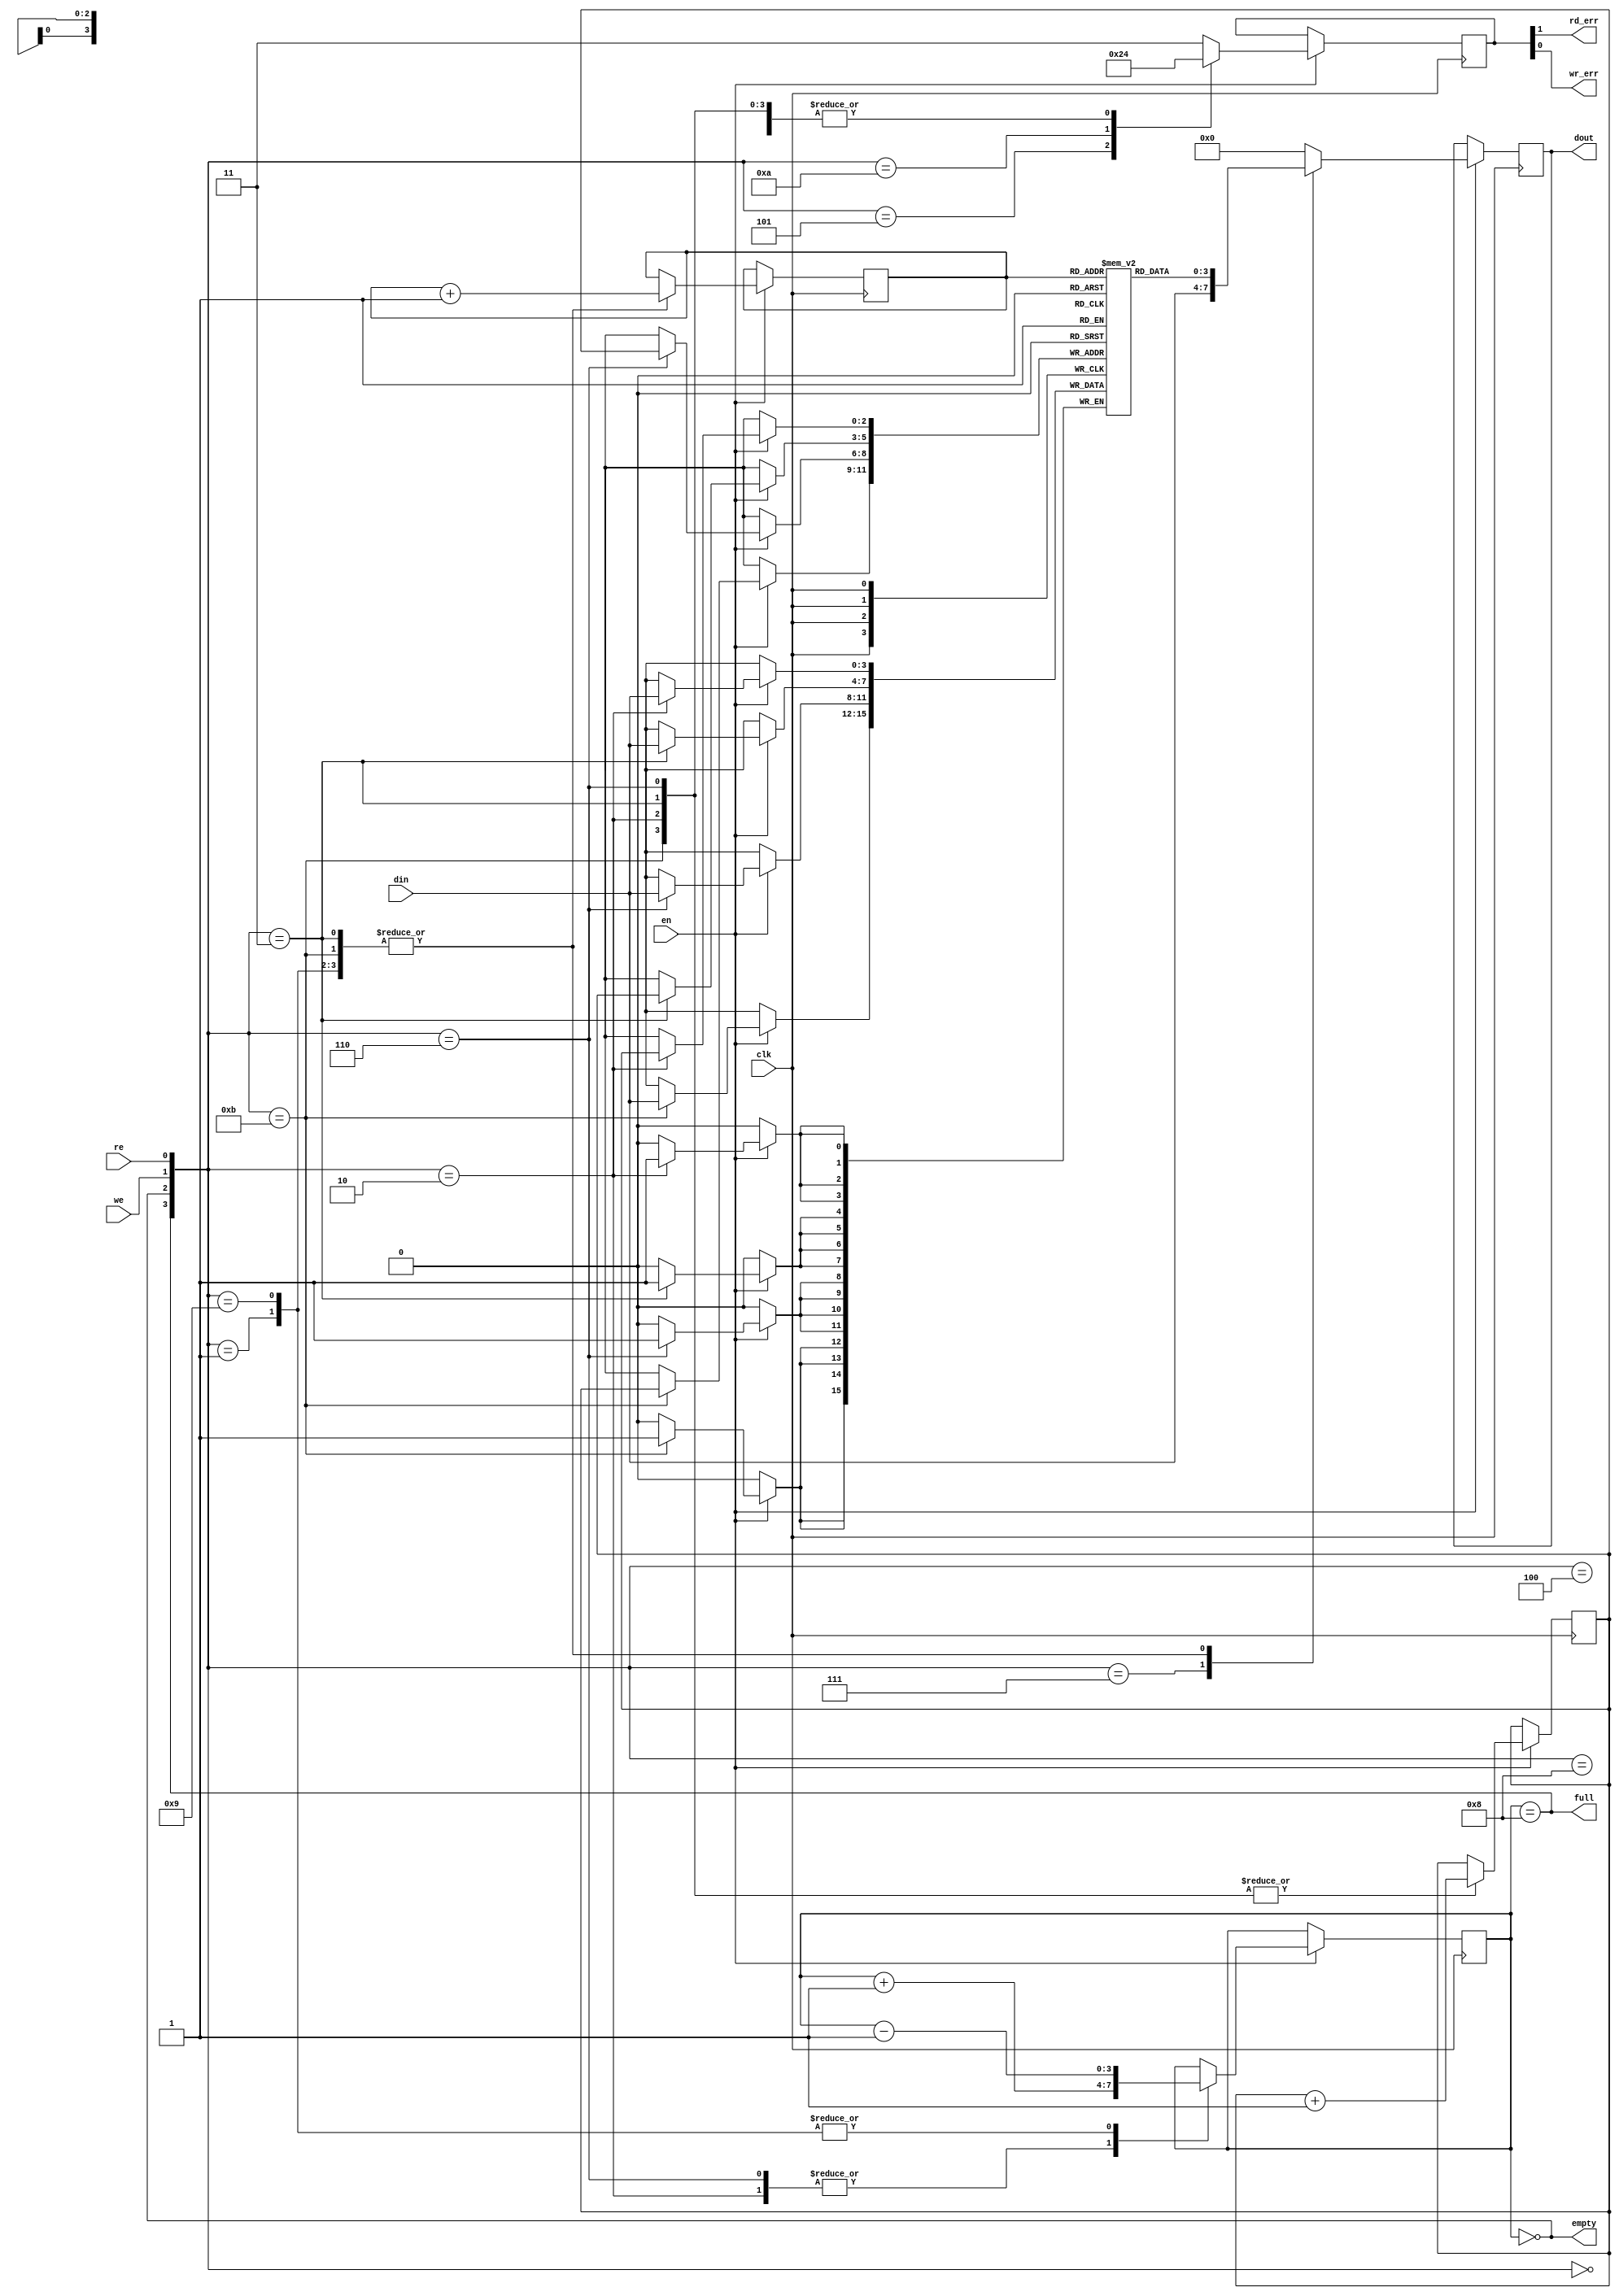
module sync_FIFO #(parameter DATA_WIDTH = 4, FIFO_DEPTH = 8)(
	input clk,we,re,en,//rst,
	input [DATA_WIDTH-1:0]din,
	output empty,full,rd_err,wr_err,
	output reg [DATA_WIDTH-1:0]dout
	);

reg [DATA_WIDTH-1:0]fifo[0:FIFO_DEPTH-1];
reg [3:0]data_count;
reg [2:0]rd_ptr,wr_ptr;
reg [1:0]flag,err;	//flag[1] = full, flag[0] = empty
							//err[1] = rd_err, err[0] = wr_err

assign {full,empty} = flag;
assign {rd_err,wr_err} = err;
							
always @(posedge clk) begin
	/*
	if(rst) begin
		rd_ptr <= 1'b0;
		wr_ptr <= 1'b0;
		data_count <= 4'd0;
		dout <= 8'd0;
		err <= 2'b00;
	end*/
	//else begin
	if(en) begin
	   case({flag,we,re})
	       4'b0000:    begin
	                   dout <= 8'd0;
                       err <= 2'b00;
                       rd_ptr <= rd_ptr;
                       wr_ptr <= wr_ptr;
                       data_count <= data_count;
	                   end
	       4'b0001:    begin
                       dout <= fifo[rd_ptr];
                       rd_ptr <= rd_ptr + 1'b1;
                       wr_ptr <= wr_ptr;
                       err <= 2'b00;
                       data_count <= data_count - 1'b1;
	                   end
	       4'b0010:    begin
	                   dout <= 8'd0;
					   fifo[wr_ptr] <= din;
                       wr_ptr <= wr_ptr + 1'b1;
                       rd_ptr <= rd_ptr;
                       err <= 2'b00;
                       data_count <= data_count + 1'b1;	       
                       end
	       4'b0011:    begin
                       fifo[wr_ptr] <= din;
                       dout <= fifo[rd_ptr];
                       wr_ptr <= wr_ptr + 1'b1;
                       rd_ptr <= rd_ptr + 1'b1;
                       err <= 2'b00;
                       data_count <= data_count;
                       end
	       4'b0100:    begin
	       			   dout <= 8'd0;
                       err <= 2'b00;
                       rd_ptr <= rd_ptr;
                       wr_ptr <= wr_ptr;
                       data_count <= data_count;
                       end
           4'b0101:    begin
					   dout <= 8'd0;
                       rd_ptr <= rd_ptr;
                       wr_ptr <= wr_ptr;
                       err <= 2'b10;        //read error
                       data_count <= data_count;           
                       end
           4'b0110:    begin
                       dout <= 8'd0;
					   fifo[wr_ptr] <= din;
                       wr_ptr <= wr_ptr + 1'b1;
                       rd_ptr <= rd_ptr;
                       err <= 2'b00;
                       data_count <= data_count + 1'b1;           
                       end
           4'b0111:    begin
					   dout <= din;		//directly output data in
                       wr_ptr <= wr_ptr;
                       rd_ptr <= rd_ptr;
                       err <= 2'b00;
                       data_count <= data_count;           
                       end
	       4'b1000:    begin
					   dout <= 8'd0;
                       err <= 2'b00;
                       rd_ptr <= rd_ptr;
                       wr_ptr <= wr_ptr;
                       data_count <= data_count;	       
                       end
           4'b1001:    begin
					   dout <= fifo[rd_ptr];
                       rd_ptr <= rd_ptr + 1'b1;
                       wr_ptr <= wr_ptr;
                       err <= 2'b00;
                       data_count <= data_count - 1'b1;           
                       end
           4'b1010:    begin
					   dout <= 8'd0;
                       wr_ptr <= wr_ptr;
                       rd_ptr <= rd_ptr;
                       err <= 2'b01;        //write error
                       data_count <= data_count;           
                       end
           4'b1011:    begin
					   fifo[wr_ptr] <= din;
                       dout <= fifo[rd_ptr];
                       wr_ptr <= wr_ptr + 1'b1;
                       rd_ptr <= rd_ptr + 1'b1;
                       err <= 2'b00;
                       data_count <= data_count;           
                       end
           default:    begin
			           dout <= 8'd0;
                       rd_ptr <= rd_ptr;
                       wr_ptr <= wr_ptr;
                       data_count <= data_count;
                       err <= 2'b11;           
                       end  
       endcase
    end                                                                              
	
	/*	if(flag == 2'b00) begin		//partially filled fifo
			case({we,re})
				2'b00 : 	begin			//no-op
							dout <= 8'd0;
							err <= 2'b00;
							rd_ptr <= rd_ptr;
							wr_ptr <= wr_ptr;
							data_count <= data_count;
							end
				2'b01 :	begin			//read only
							dout <= fifo[rd_ptr];
							rd_ptr <= rd_ptr + 1'b1;
							wr_ptr <= wr_ptr;
							err <= 2'b00;
							data_count <= data_count - 1'b1;
							end
				2'b10 :	begin			//write only
							fifo[wr_ptr] <= din;
							wr_ptr <= wr_ptr + 1'b1;
							rd_ptr <= rd_ptr;
							err <= 2'b00;
							data_count <= data_count + 1'b1;
							end
				2'b11 :	begin			//read and write
							fifo[wr_ptr] <= din;
							dout <= fifo[rd_ptr];
							wr_ptr <= wr_ptr + 1'b1;
							rd_ptr <= rd_ptr + 1'b1;
							err <= 2'b00;
							data_count <= data_count;
							end							
			endcase
		end
		else if(flag == 2'b01) begin		//empty fifo
			case({we,re})
				2'b00 : 	begin			//no-op
							dout <= 8'd0;
							err <= 2'b00;
							rd_ptr <= rd_ptr;
							wr_ptr <= wr_ptr;
							data_count <= data_count;
							end
				2'b01 :	begin			//read only
							dout <= 8'd0;
							rd_ptr <= rd_ptr;
							wr_ptr <= wr_ptr;
							err <= 2'b10;		//read error
							data_count <= data_count;
							end
				2'b10 :	begin			//write only
							fifo[wr_ptr] <= din;
							wr_ptr <= wr_ptr + 1'b1;
							rd_ptr <= rd_ptr;
							err <= 2'b00;
							data_count <= data_count + 1'b1;
							end
				2'b11 :	begin			//read and write
							dout <= din;		//directly output data in
							wr_ptr <= wr_ptr;
							rd_ptr <= rd_ptr;
							err <= 2'b00;
							data_count <= data_count;
							end							
			endcase			
		end
		else if (flag == 2'b10) begin		//full fifo
			case({we,re})
				2'b00 : 	begin			//no-op
							dout <= 8'd0;
							err <= 2'b00;
							rd_ptr <= rd_ptr;
							wr_ptr <= wr_ptr;
							data_count <= data_count;
							end
				2'b01 :	begin			//read only
							dout <= fifo[rd_ptr];
							rd_ptr <= rd_ptr + 1'b1;
							wr_ptr <= wr_ptr;
							err <= 2'b00;
							data_count <= data_count - 1'b1;
							end
				2'b10 :	begin			//write only
							dout <= 8'd0;
							wr_ptr <= wr_ptr;
							rd_ptr <= rd_ptr;
							err <= 2'b01;		//write error
							data_count <= data_count;
							end
				2'b11 :	begin			//read and write
							fifo[wr_ptr] <= din;
							dout <= fifo[rd_ptr];
							wr_ptr <= wr_ptr + 1'b1;
							rd_ptr <= rd_ptr + 1'b1;
							err <= 2'b00;
							data_count <= data_count;
							end							
			endcase		
		end
		else begin
			dout <= 8'd0;
			rd_ptr <= rd_ptr;
			wr_ptr <= wr_ptr;
			data_count <= data_count;
			err <= 2'b11;
		end
	end*/
end

always @(data_count) begin
	flag = {(data_count == 4'd8),(data_count == 4'd0)};
end

endmodule